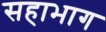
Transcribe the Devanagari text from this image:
सहाभाग